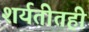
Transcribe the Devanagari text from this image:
शर्यतीतही